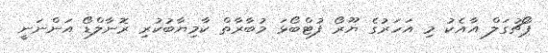
ޕޯޗުގަލް އާއެކު މި އަހަރުގެ ޔޫރޯ ފުޓްބޯޅަ މުބާރާތް ކާމިޔާބުކުރި ރޮނާލްޑޯ އަންނަނީ